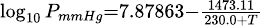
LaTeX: \scriptstyle\log_{10}{P_{mmHg}}=7.87863-{\frac{1473.11}{230.0+T}}